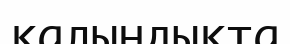
қалындықта